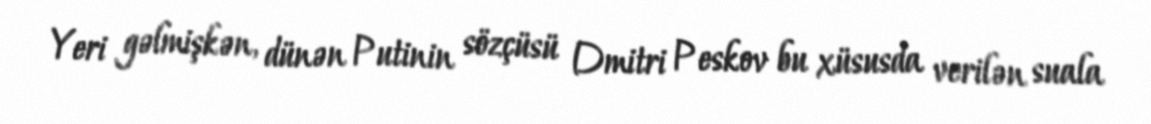
Yeri gəlmişkən, dünən Putinin sözçüsü Dmitri Peskov bu xüsusda verilən suala